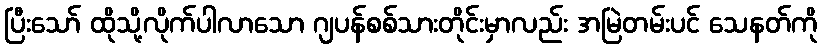
ပြီးသော် ထိုသို့လိုက်ပါလာသော ဂျပန်စစ်သားတိုင်းမှာလည်း အမြဲတမ်းပင် သေနတ်ကို